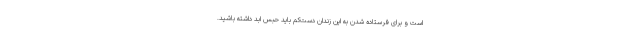
است و برای فرستاده شدن به این زندان دست‌کم باید حبس ابد داشته باشید.